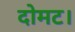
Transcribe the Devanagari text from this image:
दोमट।